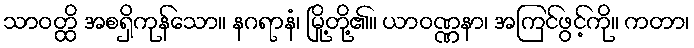
သာဝတ္ထိ အစရှိကုန်သော။ နဂရာနံ၊ မြို့တို့၏။ ယာဝဏ္ဏနာ၊ အကြင်ဖွင့်ကို။ ကတာ၊